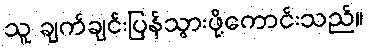
သူ ချက်ချင်းပြန်သွားဖို့ကောင်းသည်။